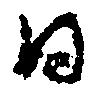
日